Lunatic asylums United Prov. 1922-30 - 1922-1930
Year: 1922
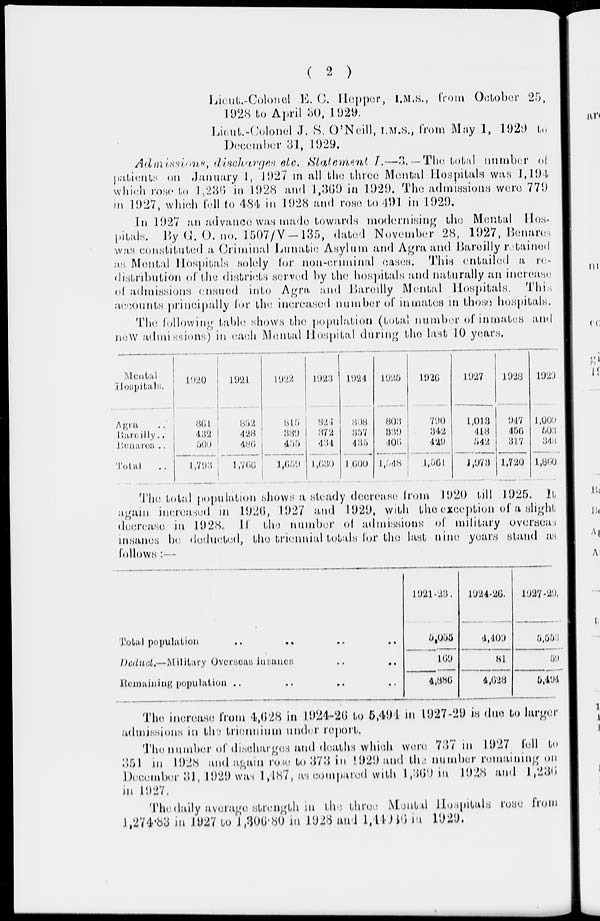
( 2 )
Lieut.-Colonel E. C. Hepper, I.M.S., from October 25,
1928 to April 30,1929.
Lieut.-Colonel J. S. O'Neill, I.M.S., from May 1, 1929 to
December 31, 1929..
Admissions discharges etc. Statement I.—3 —The total number of
patients on January 1, 1927 in all the three Mental Hospitals was 1,194
which rose to 1,236 in l928 and 1,369 in 1929. The admissions were 779
in 1927, which fell to 484 in 1928 and rose to 491 in l929.
In 1927 an advance was made towards modernising the Mental Hos¬
pitals. By G. O. no. 1507/V—135, dated November 28, 1927, Benares
was constituted a Criminal Lunatic Asylum and Agra and Bareilly retained
as Mental Hospitals solely for non-criminal Cases. This entailed a re-
distribution of the districts served by the hospitals and naturally an increase
of admissions ensued into Agra and Bareilly Mental Hospitals. This
accounts principally lor the increased number of inmates in those hospitals.
The following table shows the population (total number of inmates and
new admissions) in each Mental Hospital during the last 10 years.
Mental
Hospitals.
Agra ..
Bareilly
..
Benares
..
Total ..
l920
361
432
500
l,793
1921
852
428
486
1,766
1922
815
389
455
1,659
1923
824
372
434
1,630
1924
808
357
435
1,600
1925
803
339
406
1,548
1926
790
342
429
l,561
1927
1,013
418
542
1,973
1928
947
456
317
1,720
1929
1,009
503
348
1,860
The total population shows a steady decrease from 1920 till 1925. It
again increased in 1926, 1927 and 1929, with the exception of a slight
decrease in 1928, If the number of admissions' of military overseas
insanes be deducted, the triennial totals for the last nine years stand as
follows :—
Total population
.. .. .. ..
Deduct.—Military
Overseas
insenes
..
..
Remaining
population .. .. .. ..
1921-23.
5,055
169
4,886
1924-26.
4,409
81
4,628
1927-29.
5,553
59
5,494
The increase from 4,628 in 1924-26 to 5,494 in 1927-29 is due to larger
admissions in the triennium under report.
The number of discharges and deaths which were 737 in 1927 fell to
351 in 1928 and again rose to 373 in 1929 and the number remaining on
December 31, 1929 was 1,187, as compared with 1,369 in 1928 and 1,236
in 1927.
The daily average strength in the three Mental Hospitals rose from
1,274.83 in 1927 to 1,306.80 in 1928 and 1,44086 in 1929.